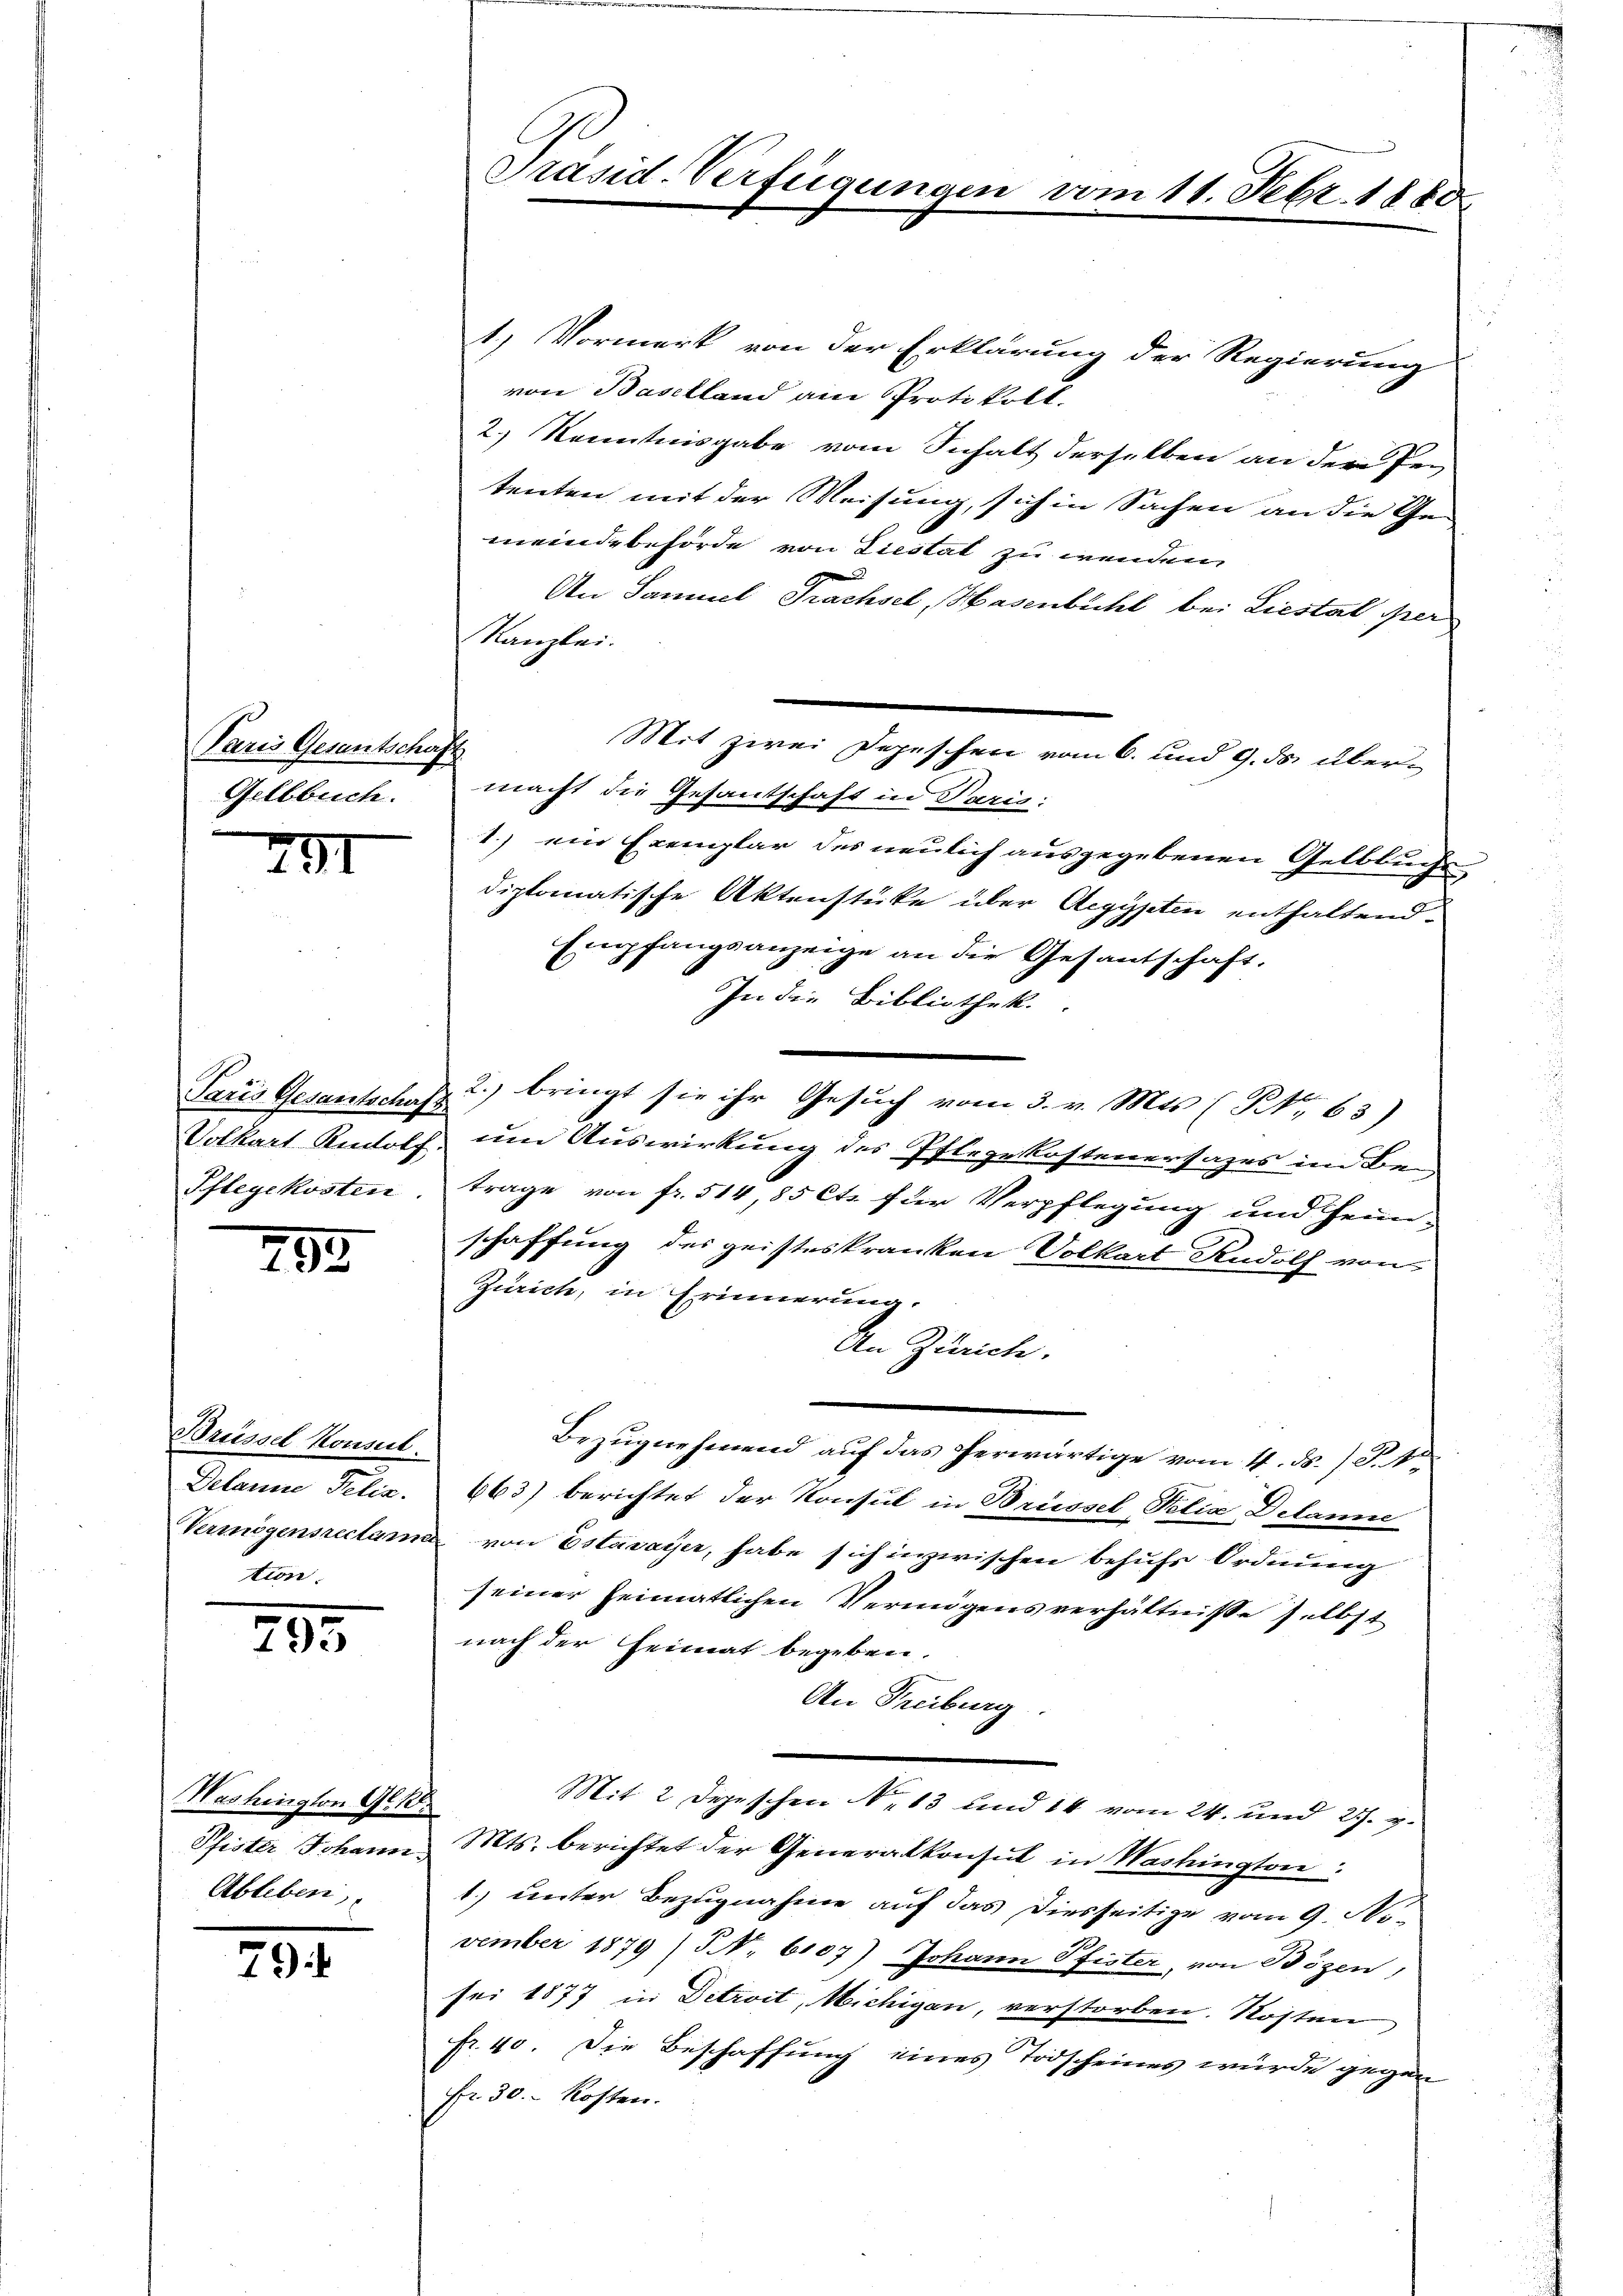
Paris Gesentschaft
Gellbuch.

292

Brüssel Konsul
Delanne Pelis.
ten.

35

79

791

Pflegekosten

Washington Al. 1.
Pfister Johann
Ableben,

1
Präsid-Verfügungen vom 11. Sept. 1880

1) Vormerk von der Erklärung der Regierung
von Baselland am Protokoll.
2.) Kenntnisgabe vom Inhalt derselben an der Pen
tenten mit der Weisung, sich in Sachen an die Ge-
meindebehörde von Liestat zu wenden
An Samuel Trachsel, Hasenbühl bei Liestal per
Kanzlei.
Mit zwei Depeschen vom 6. und 9. ds. übermacht die Gesantschaft in Paris:
1.) ein Exemplar des neulich ausgegebenen Gelbbuchs-
diplomatische Aktenstücke über Aegypten enthaltend
Empfangsanzeige an die Gesantschaft.
In die Bibliothek.
Paris Gesantschaf 2.) bringt sie ihr Gesuch vom 3. v. Mts. (B. 63)
Volkart Rudolf um Auswirkung des Pflegekostenersages im Bei
trage von fr. 514, 85 Cts. für Verpflegung und Heim-
schaffung des geisteskranken Volkart Rudolf von
Zürich, in Erinnerung.
An Zürich.
Bezugnehmend auf das herwärtige vom 11. ds. S. 1
663) berichtet der Konsul in Brüssel, Felix Delanne
Vermögensreclama von Estavayer, habe sich inzwischen behufs Ordnung
seiner heimatlichen Vermögensverhältnisse selbst
nach der Heimat begeben.
An Freiburg.
Mit 2 Depeschen No 13 und 14 vom 24. und 27. p.
Mts. berichtet der Generalkonsul in Washington
1. unter Bezugnahme auf das Diesseitige vom 9. No-
vember 1879 (S. 6107) Johann Pfister, von Bözen,
sei 1877 in Detroit, Michigan, verstorben. Kosten
fr. 40. Die Beschaffung eines Todscheines würde gegen
Fr. 30. Kosten.